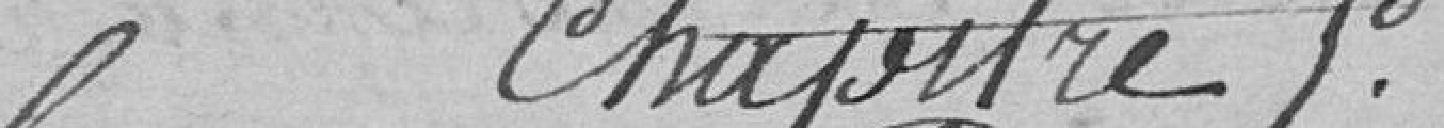
Chapitre 5.